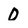
Character: 0